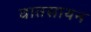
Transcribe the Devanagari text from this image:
वातसायन